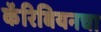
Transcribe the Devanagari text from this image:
कॅरिबियनचा